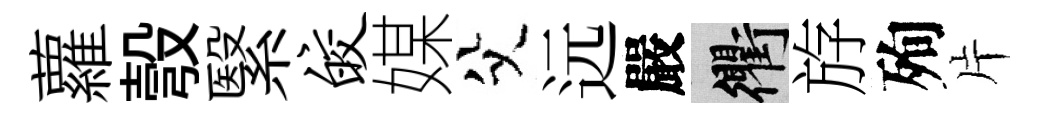
蘿彀繄皎媒父远嚴衢斿殉片